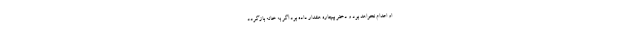
او اعدام نخواهد بود و دختر بیچاره هشدار داده بود اگر به خانه بازگردد